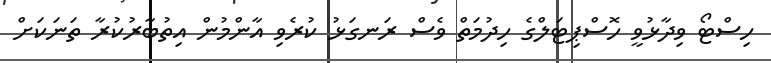
ހިސްޓޯ ވިދާޅުވީ ހޮސްޕިޓަލްގެ ހިދުމަތް ވެސް ރަނގަޅު ކުރެވި އާންމުން އިތުބާރުކުރާ ތަނަކަށް